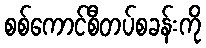
စစ်ကောင်စီတပ်စခန်းကို